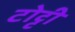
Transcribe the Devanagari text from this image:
टोट्टी